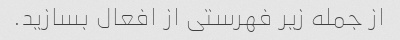
از جمله زیر فهرستی از افعال بسازید.